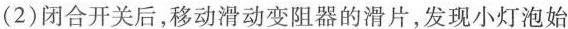
(2)闭合开关后，移动滑动变阻器的滑片，发现小灯泡始